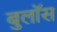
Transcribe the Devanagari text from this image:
बुलॉस